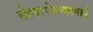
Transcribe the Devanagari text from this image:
सेल्वापेरुन्थागाई